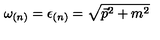
\omega _ { ( n ) } = \epsilon _ { ( n ) } = \sqrt { \vec { p } ^ { 2 } + m ^ { 2 } }